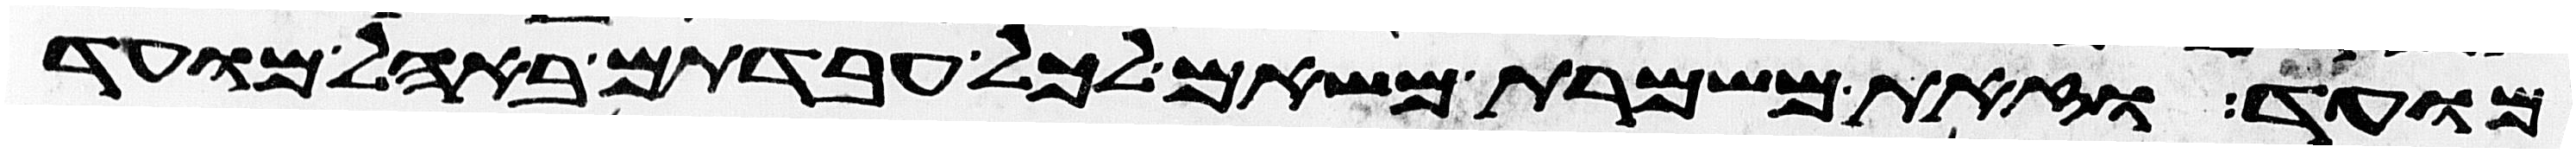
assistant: מועד וזאת משמרת משאם לכל עבדתם באהל מועד